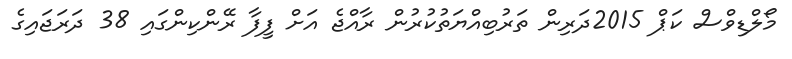
މޯލްޑިވްސް ކަޕް 2015ދަރިން ތަރުބިއްޔަތުކުރުން ރާއްޖެ އަށް ފީފާ ރޭންކިންގައި 38 ދަރަޖައިގެ